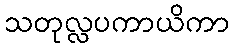
သတုလ္လပကာယိကာ